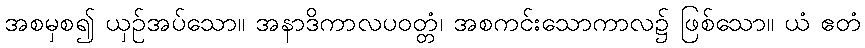
အစမှစ၍ ယှဉ်အပ်သော။ အနာဒိကာလပဝတ္တံ၊ အစကင်းသောကာလ၌ ဖြစ်သော။ ယံ ဧတံ